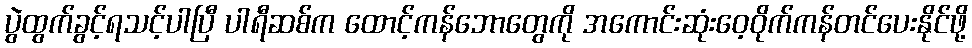
ပွဲထွက်ခွင့်ရသင့်ပါပြီ ပါရီဆစ်က ထောင့်ကန်ဘောတွေကို အကောင်းဆုံးဝေ့ဝိုက်ကန်တင်ပေးနိုင်ဖို့